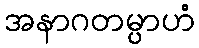
အနာဂတမ္ပာဟံ